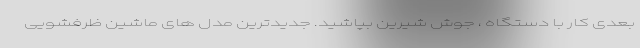
بعدی کار با دستگاه ، جوش شیرین بپاشید. جدیدترین مدل های ماشین ظرفشویی